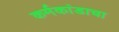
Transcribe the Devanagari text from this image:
कर्मकांडाचा